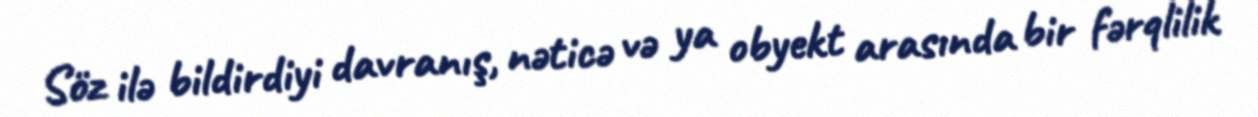
Söz ilə bildirdiyi davranış, nəticə və ya obyekt arasında bir fərqlilik